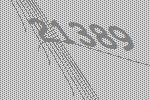
21389